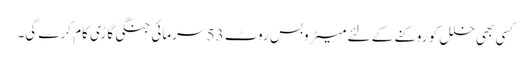
کسی بھی خلل کو روکنے کے لئے میٹروبس روٹ 53 سرمائی جنگی گاڑی کام کرے گی۔